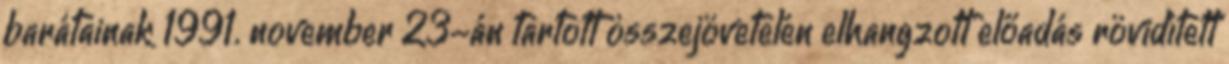
barátainak 1991. november 23-án tartott összejövetelén elhangzott előadás rövidített